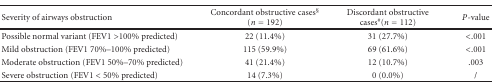
| Severity of airways obstruction | Concordant obstructive cases§ (n = 192) | Discordant obstructive cases#(n = 112) | P-value |
 | --- | --- | --- | --- |
 | Possible normal variant (FEV1 >100% predicted) | 22 (11.4%) | 31 (27.7%) | <.001 |
 | Mild obstruction (FEV1 70%–100% predicted) | 115 (59.9%) | 69 (61.6%) | <.001 |
 | Moderate obstruction (FEV1 50%–70% predicted) | 41 (21.4%) | 12 (10.7%) | .003 |
 | Severe obstruction (FEV1 < 50% predicted) | 14 (7.3%) | 0 (0.0%) | / |